system: You are a helpful assistant.
user:
Analyze the provided spectrum to determine if it is a **White Dwarf (WD)**.

A White Dwarf spectrum is defined by its **extreme purity** (due to gravitational settling) and/or **extreme pressure broadening** (due to high surface gravity). You must check for one of the following mutually exclusive signatures:

- **Key Visual Indicators (Check for ONE of these types):**

    - **1. DA-Type Signature (Most Common):**
        - **(Primary Feature):** Extreme pressure broadening (Stark broadening) of the **Hydrogen (H) Balmer lines**.
        - **(Key Lines):** $H\beta$ (approx. $4861$ Å) and $H\gamma$ (approx. $4340$ Å). $H\alpha$ (approx. $6563$ Å) will also be present if the wavelength range covers it.
        - **(Line Profile):** This is the **defining feature**. The lines are **NOT** sharp. They appear as massive, **extremely broad and deep "troughs" or "dips"** in the spectrum, often hundreds of Ångströms wide. The continuum will appear to "scoop" down at these wavelengths.
        - **(Distinction):** Normal A-type or B-type stars have *narrow* and *sharp* Hydrogen lines. A DA White Dwarf's lines are unmistakably "smeared" or "blurry" from pressure.

    - **2. DB-Type Signature:**
        - **(Primary Feature):** Broad absorption lines from **Neutral Helium (He I)**. The spectrum must lack any visible Hydrogen lines.
        - **(Key Lines):** Look for broad absorption near $4471$ Å, $4921$ Å, and $5876$ Å.
        - **(Line Profile):** These lines are also significantly pressure-broadened, appearing much wider than they would in a normal B-type main-sequence star.

    - **3. DC-Type Signature:**
        - **(Primary Feature):** A **featureless continuous spectrum**.
        - **(Line Profile):** The spectrum is a smooth curve with **no significant absorption or emission lines**.
        - **(Key Confirmation):** The continuum is almost always **blue or white**, indicating a hot object. This signature implies the atmosphere is so pure (or so cool) that no spectral lines are visible in the optical range. Its WD identity is confirmed by its extremely low intrinsic brightness (high absolute magnitude).

    - **4. DZ-Type Signature (Metal-Polluted):**
        - **(Primary Feature):** **Isolated, narrow metal absorption lines** on an otherwise featureless (DC-like) continuum.
        - **(Key Lines):** The **Calcium (Ca II) H & K doublet** (approx. **$3934$ Å** and **$3968$ Å**) is the most common and defining feature.
        - **(Line Profile):** These lines are "out of place." They are *not* part of a "forest" of thousands of lines. This signature is evidence of recent *accretion* (pollution) from rocky debris.
        - **(Distinction):** Normal G/K/M stars have a *dense forest* of thousands of metal lines. A DZ has a *clean* continuum with *only a few* strong metal lines.

    - **5. DQ-Type Signature (Carbon-Polluted):**
        - **(Primary Feature):** Absorption bands from **Carbon (C₂ "Swan Bands" or atomic C I)**.
        - **(Key Lines - C₂):** Look for bandheads with a "saw-tooth" shape near $5635$ Å, **$5165$ Å** (strongest), and $4737$ Å.
        - **(Key Confirmation):** The underlying **continuum must be blue or white** (hot).
        - **(Distinction):** This is the critical difference from a **Carbon Star**, which has the *exact same* C₂ bands but on an extremely **red, cool** continuum.

- **(Overall Spectrum):**
    - The continuum (overall shape) is typically **blue-sloping** (brighter in the blue than the red), as most white dwarfs are very hot.
    - The spectrum will look "pure" or "simple," dominated by only *one* of the five signatures listed above.

Think first, call **spectral_visualization_tool** if needed to examine features in detail, then provide your final answer. Your response must adhere to the following strict rules:
1.  **Overall Structure:** Your response must follow the format `<think>...</think> <tool_call>...</tool_call> (if a tool is used) <answer>...</answer>`.
2.  **Tool Usage Constraint:** You may only make **one** tool call per turn.
3.  **Final Answer Format:** In the `<answer>` tag, your conclusion must be inside a `\boxed{}` command (e.g., `\boxed{YES}` or `\boxed{NO}`), followed by your justification.

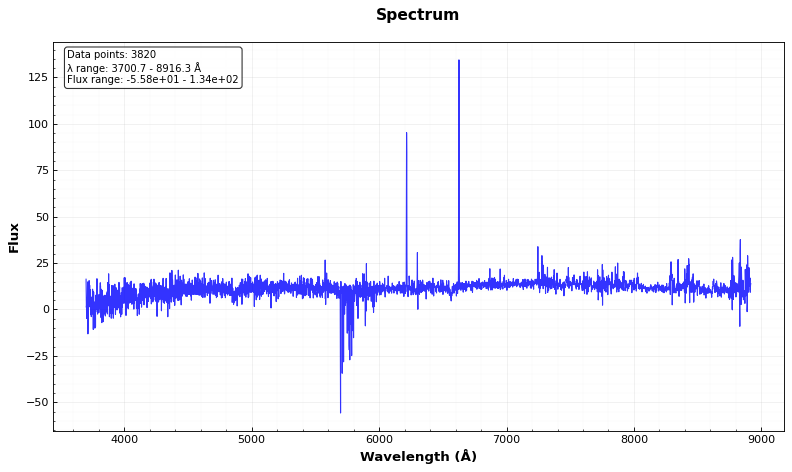
Answer: YES